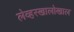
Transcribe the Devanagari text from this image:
लेव्हरखालोखाल